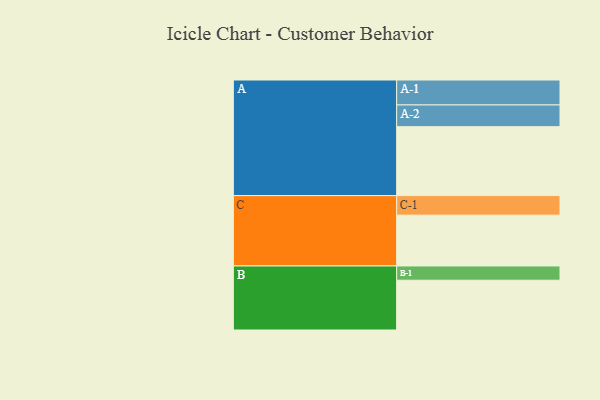
{"axis": {"x": "Segment", "y": "Value"}, "legend": ["", "A", "B", "C"], "data": [{"x": "A", "y": 536, "type": ""}, {"x": "B", "y": 387, "type": ""}, {"x": "C", "y": 395, "type": ""}, {"x": "A-1", "y": 194, "type": "A"}, {"x": "A-2", "y": 169, "type": "A"}, {"x": "B-1", "y": 111, "type": "B"}, {"x": "C-1", "y": 152, "type": "C"}]}